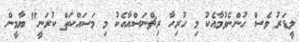
ލީޑަރު ވެސް ހުންނެވުމާއެކު މި ހުރިހާ ރިޗްނަސްއާއެކު މި މަސައްކަތް ކުރަނީ" ޔާމީން